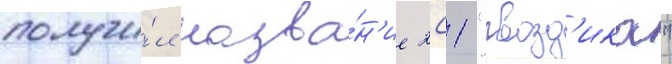
получи́л назва́н'ие 2с1 "гвозд'ика"